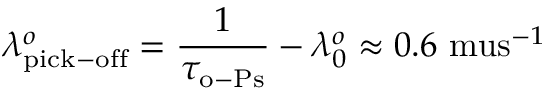
\lambda _ { \mathrm { p i c k - o f f } } ^ { o } = \frac { 1 } { \tau _ { \mathrm { o - P s } } } - \lambda _ { 0 } ^ { o } \approx 0 . 6 \mathrm { \ m u s } ^ { - 1 }